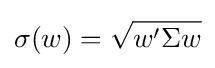
\sigma (w)={\sqrt {w'\Sigma w}}